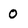
Character: O